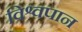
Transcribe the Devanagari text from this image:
विश्वपान